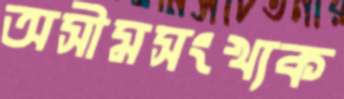
অসীমসংখ্যক